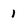
Character: 1